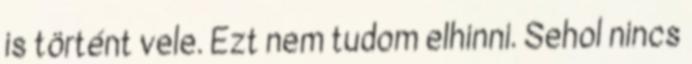
is történt vele. Ezt nem tudom elhinni. Sehol nincs